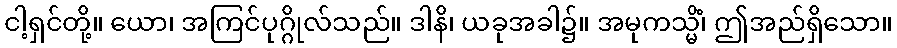
ငါ့ရှင်တို့။ ယော၊ အကြင်ပုဂ္ဂိုလ်သည်။ ဒါနိ၊ ယခုအခါ၌။ အမုကသ္မိံ၊ ဤအည်ရှိသော။